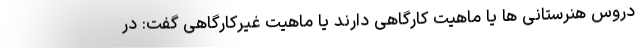
دروس هنرستانی ها یا ماهیت کارگاهی دارند یا ماهیت غیرکارگاهی گفت: در